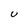
Character: u